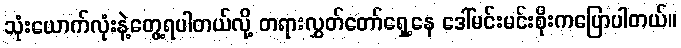
သုံးယောက်လုံးနဲ့တွေ့ရပါတယ်လို့ တရားလွှတ်တော်ရှေ့နေ ဒေါ်မင်းမင်းစိုးကပြောပါတယ်။